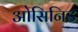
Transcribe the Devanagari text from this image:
ओसिनिड